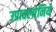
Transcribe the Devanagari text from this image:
उप्रावल्येनिये